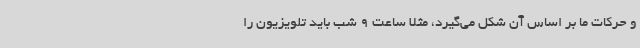
و حرکات ما بر اساس آن شکل می‌گیرد، مثلاً ساعت 9 شب باید تلویزیون را